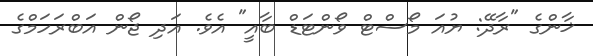
ޚާންގެ "ރާދޭ: ޔުއަ މޯސްޓް ވޯންޓަޑް ބާއީ" އެވެ. އަދި ޖޯން އަބްރަހަމްގެ